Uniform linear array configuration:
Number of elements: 12
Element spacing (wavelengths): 0.5
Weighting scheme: uniform
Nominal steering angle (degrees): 15
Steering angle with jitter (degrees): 16.51
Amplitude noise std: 0.05
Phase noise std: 0.05

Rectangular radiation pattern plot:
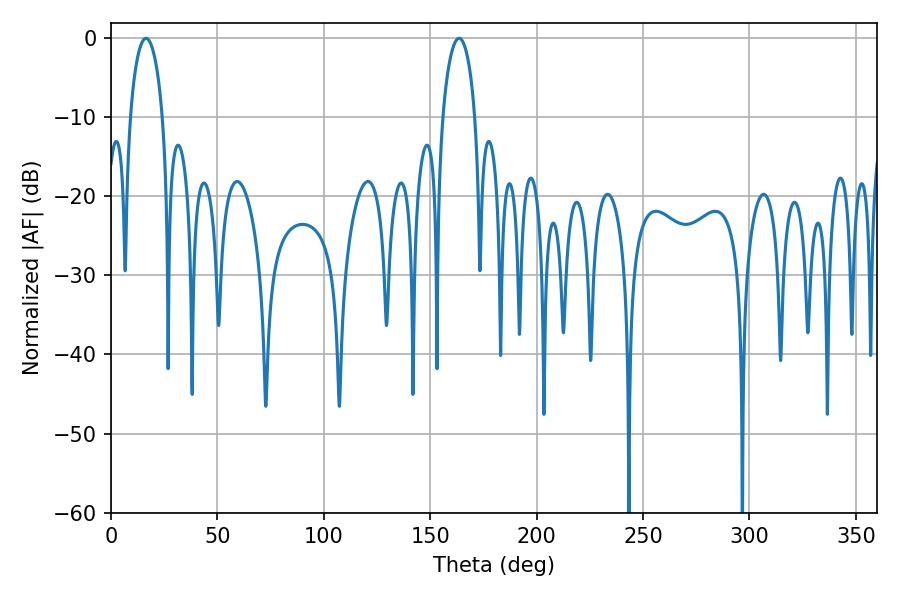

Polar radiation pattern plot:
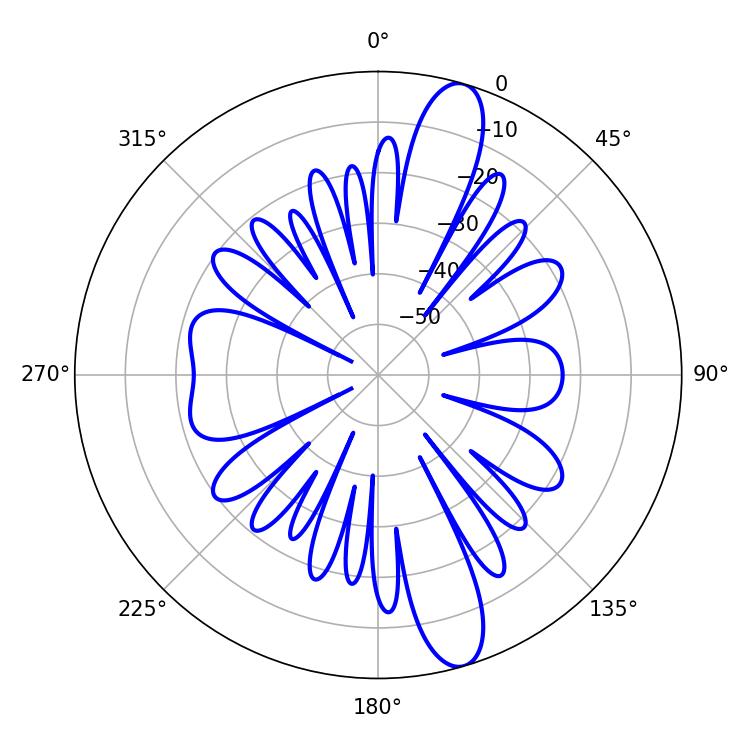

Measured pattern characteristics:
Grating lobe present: FALSE
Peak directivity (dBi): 13.273
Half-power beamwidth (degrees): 8.82
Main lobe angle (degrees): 16.38